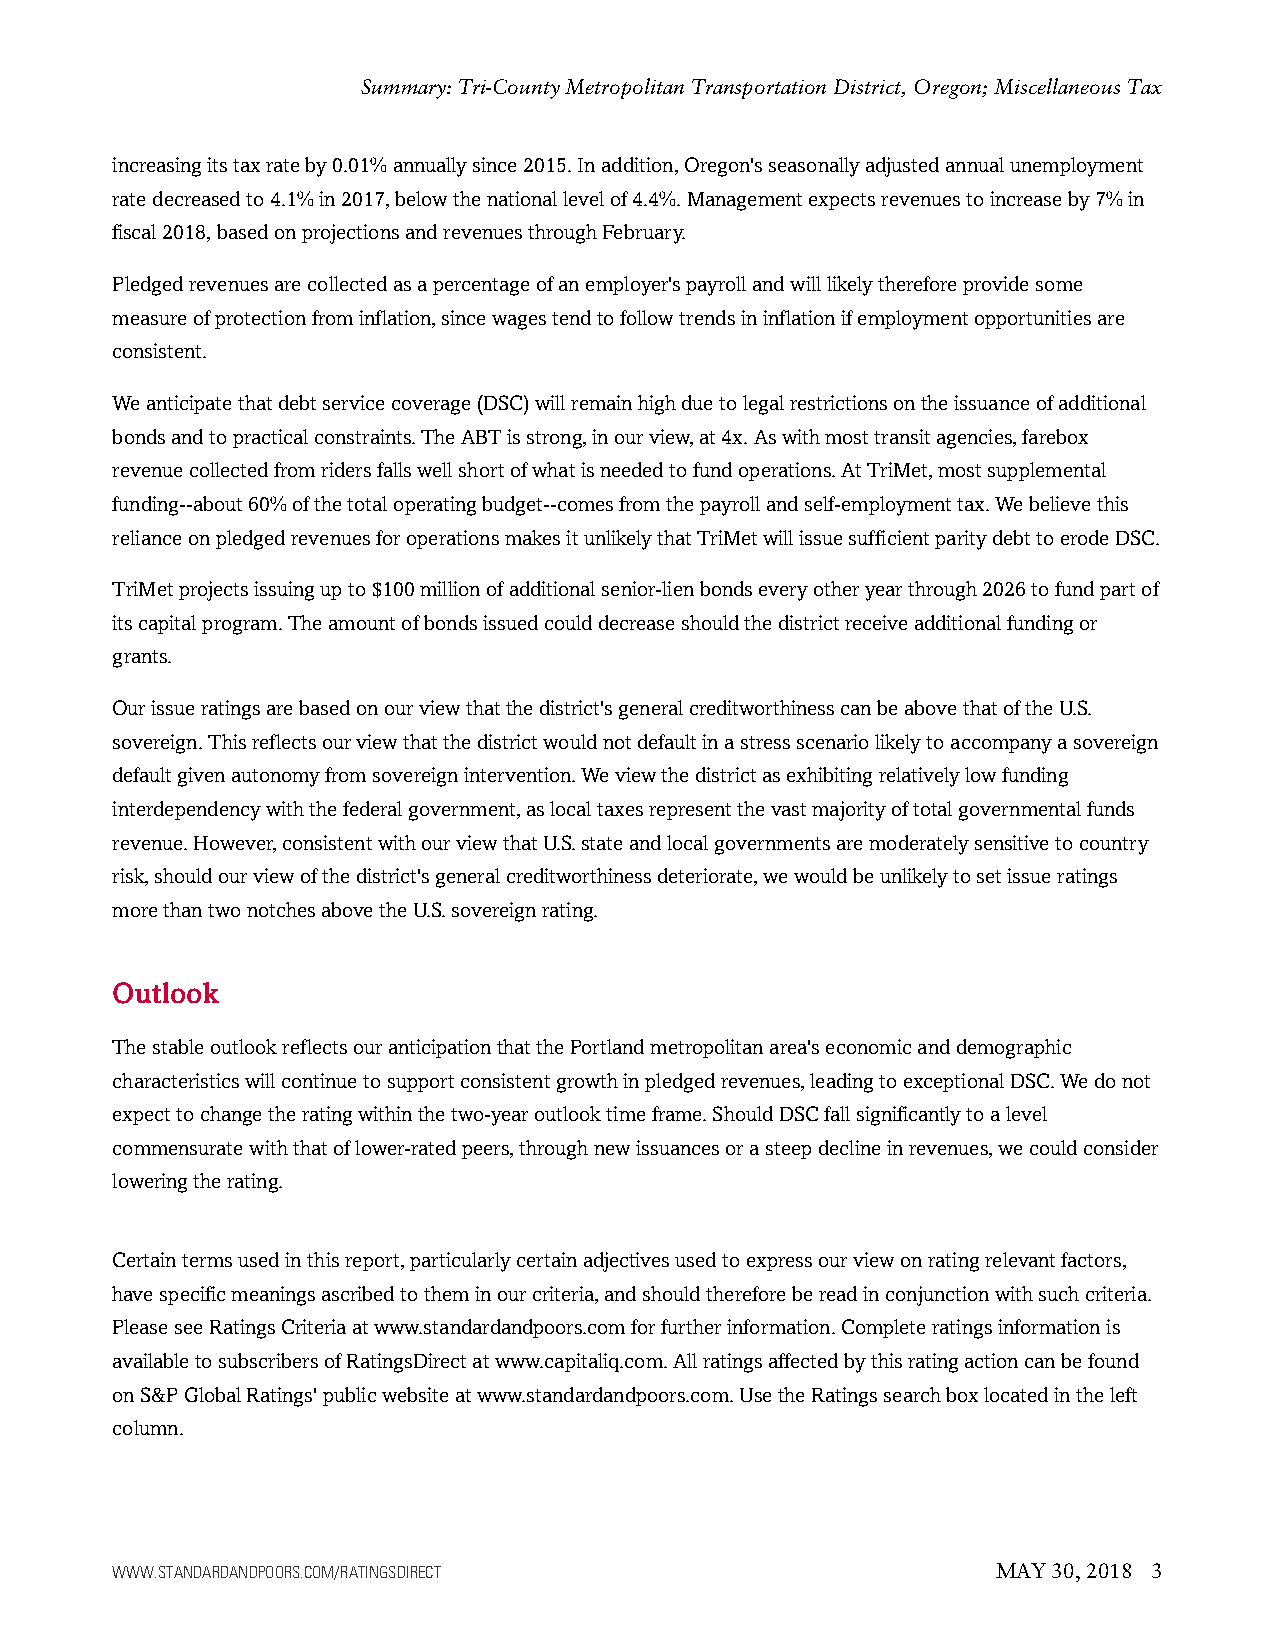
Summary: Tri-County Metropolitan Transportation District, Oregon; Miscellaneous Tax
 increasingitstaxrateby0.01%annuallysince2015.Inaddition,Oregon'sseasonallyadjustedannualunemployment
 ratedecreasedto4.1%in2017,belowthenationallevelof4.4%.Managementexpectsrevenuestoincreaseby7%in
 fiscal2018,basedonprojectionsandrevenuesthroughFebruary.
 Pledgedrevenuesarecollectedasapercentageofanemployer'spayrollandwilllikelythereforeprovidesome
 measureofprotectionfrominflation,sincewagestendtofollowtrendsininflationifemploymentopportunitiesare
 consistent.
 Weanticipatethatdebtservicecoverage(DSC)willremainhighduetolegalrestrictionsontheissuanceofadditional
 bondsandtopracticalconstraints.TheABTisstrong,inourview,at4x.Aswithmosttransitagencies,farebox
 revenuecollectedfromridersfallswellshortofwhatisneededtofundoperations.AtTriMet,mostsupplemental
 funding--about60%ofthetotaloperatingbudget--comesfromthepayrollandself-employmenttax.Webelievethis
 relianceonpledgedrevenuesforoperationsmakesitunlikelythatTriMetwillissuesufficientparitydebttoerodeDSC.
 TriMetprojectsissuingupto$100millionofadditionalsenior-lienbondseveryotheryearthrough2026tofundpartof
 itscapitalprogram.Theamountofbondsissuedcoulddecreaseshouldthedistrictreceiveadditionalfundingor
 grants.
 Ourissueratingsarebasedonourviewthatthedistrict'sgeneralcreditworthinesscanbeabovethatoftheU.S.
 sovereign.Thisreflectsourviewthatthedistrictwouldnotdefaultinastressscenariolikelytoaccompanyasovereign
 defaultgivenautonomyfromsovereignintervention.Weviewthedistrictasexhibitingrelativelylowfunding
 interdependencywiththefederalgovernment,aslocaltaxesrepresentthevastmajorityoftotalgovernmentalfunds
 revenue.However,consistentwithourviewthatU.S.stateandlocalgovernmentsaremoderatelysensitivetocountry
 risk,shouldourviewofthedistrict'sgeneralcreditworthinessdeteriorate,wewouldbeunlikelytosetissueratings
 morethantwonotchesabovetheU.S.sovereignrating.
 Outlook
 ThestableoutlookreflectsouranticipationthatthePortlandmetropolitanarea'seconomicanddemographic
 characteristicswillcontinuetosupportconsistentgrowthinpledgedrevenues,leadingtoexceptionalDSC.Wedonot
 expecttochangetheratingwithinthetwo-yearoutlooktimeframe.ShouldDSCfallsignificantlytoalevel
 commensuratewiththatoflower-ratedpeers,throughnewissuancesorasteepdeclineinrevenues,wecouldconsider
 loweringtherating.
 Certaintermsusedinthisreport,particularlycertainadjectivesusedtoexpressourviewonratingrelevantfactors,
 havespecificmeaningsascribedtotheminourcriteria,andshouldthereforebereadinconjunctionwithsuchcriteria.
 PleaseseeRatingsCriteriaatwww.standardandpoors.comforfurtherinformation.Completeratingsinformationis
 availabletosubscribersofRatingsDirectatwww.capitaliq.com.Allratingsaffectedbythisratingactioncanbefound
 onS&PGlobalRatings'publicwebsiteatwww.standardandpoors.com.UsetheRatingssearchboxlocatedintheleft
 column.
 WWW.STANDARDANDPOORS.COM/RATINGSDIRECT                     MAY 30, 2018 3